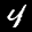
Label: 4